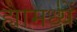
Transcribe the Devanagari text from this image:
ह्यामध्यें